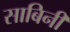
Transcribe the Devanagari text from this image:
साबिनी